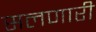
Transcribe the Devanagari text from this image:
सलणारी